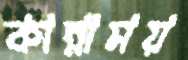
কান্নাময়